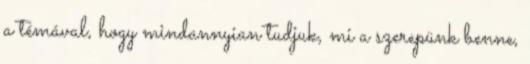
a témával, hogy mindannyian tudjuk, mi a szerepünk benne,